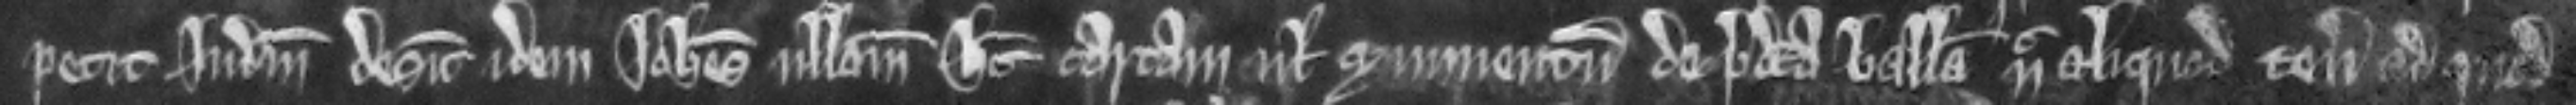
petit judicium desicut idem Johannes nullam habet cartam vel munimentum de predicta balliva nec aliquod tenementum ad quod